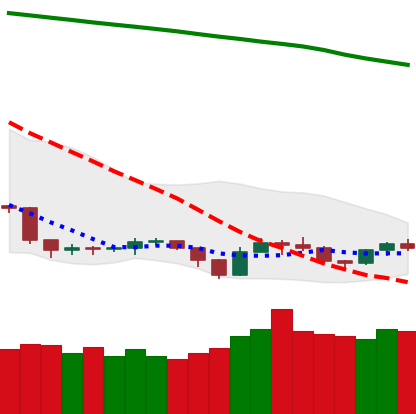
Ticker: TRX-USD
Chart end date: 2019-09-15
Forward return: 11.551%
Label: up_7plus